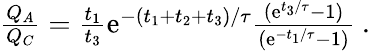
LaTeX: \begin{array}{r}{\frac{Q_{A}}{Q_{C}}=\frac{t_{1}}{t_{3}}\mathrm{e}^{-(t_{1}+t_{2}+t_{3})/\tau}\frac{(\mathrm{e}^{t_{3}/\tau}-1)}{(\mathrm{e}^{-t_{1}/\tau}-1)}~.}\end{array}